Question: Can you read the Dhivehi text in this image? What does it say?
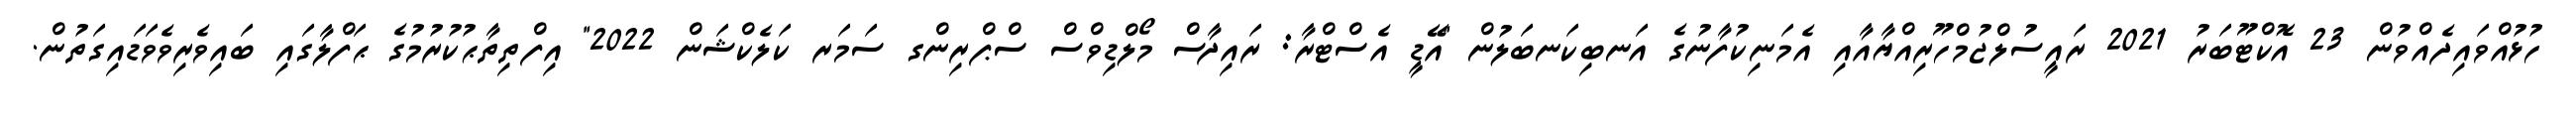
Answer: ހުޅުއްވައިދެއްވުން 23 އޮކްޓޫބަރު 2021 ރައީސުލްޖުމްހޫރިއްޔާއާއި އެމަނިކުފާނުގެ އަނބިކަނބަލުން "އޭޑީ އެސްޓްރާ: ރައިދާސް މޯލްޑިވްސް ސްޕްރިންގ ސަމަރ ކަލެކްޝަން 2022" އިފްތިތާޙުކުރުމުގެ ޙަފްލާގައި ބައިވެރިވެވަޑައިގަތުން.